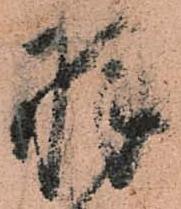
羽